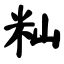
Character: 籼